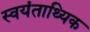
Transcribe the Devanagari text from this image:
स्वयंताथ्यिक